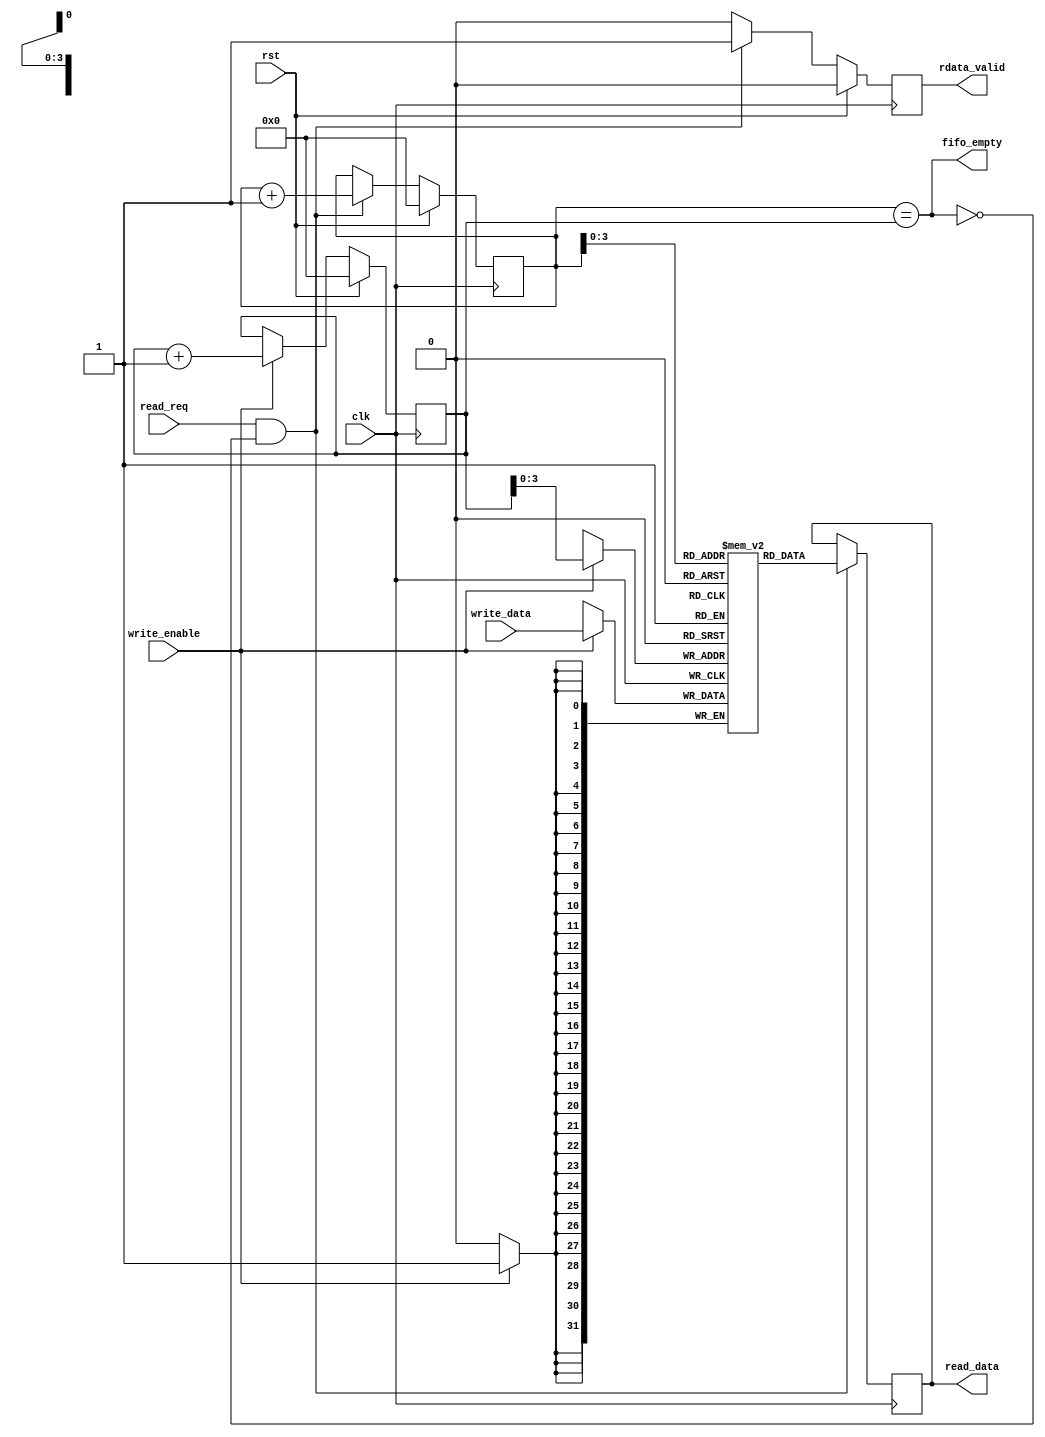
module sync_fifo_32 (clk, rst, read_req, write_data, write_enable, 
read_data, fifo_empty, rdata_valid);
input	clk;
input	rst;
input	read_req;
input [31:0] write_data;
input write_enable;
output [31:0] read_data;  
output  fifo_empty; 
output	rdata_valid;
   
reg [4:0] read_ptr;
reg [4:0] write_ptr;
reg [31:0] mem [0:15];
reg [31:0] read_data;
reg rdata_valid;
wire [3:0] write_addr = write_ptr[3:0];
wire [3:0] read_addr = read_ptr[3:0];	
wire read_enable = read_req && (~fifo_empty);
assign fifo_empty = (read_ptr == write_ptr);


always @(posedge clk)
  begin
   if (rst)
      write_ptr <= {(5){1'b0}};
   else if (write_enable)
      write_ptr <= write_ptr + {{4{1'b0}},1'b1};
  end

always @(posedge clk)
begin
   if (rst)
      rdata_valid <= 1'b0;
   else if (read_enable)
      rdata_valid <= 1'b1;
   else
   	  rdata_valid <= 1'b0;  
end
  
always @(posedge clk)
 begin
   if (rst)
      read_ptr <= {(5){1'b0}};
   else if (read_enable)
      read_ptr <= read_ptr + {{4{1'b0}},1'b1};
end

// Mem write
always @(posedge clk)
  begin
   if (write_enable)
     mem[write_addr] <= write_data;
  end
// Mem Read
always @(posedge clk)
  begin
   if (read_enable)
      read_data <= mem[read_addr];
  end
  
endmodule